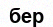
бер